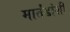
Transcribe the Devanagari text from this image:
मार्तंडांशी